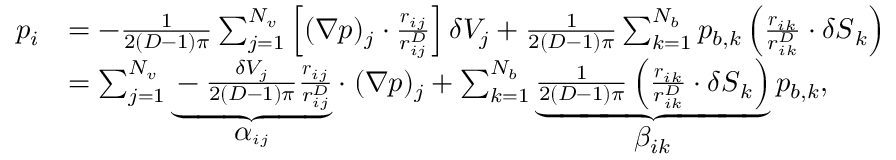
\begin{array} { r l } { p _ { i } } & { = - \frac 1 { 2 ( D - 1 ) \pi } \sum _ { j = 1 } ^ { N _ { v } } \left[ ( \boldsymbol { \nabla } p ) _ { j } \cdot \frac { \boldsymbol { r } _ { i j } } { r _ { i j } ^ { D } } \right] \delta V _ { j } + \frac 1 { 2 ( D - 1 ) \pi } \sum _ { k = 1 } ^ { N _ { b } } p _ { b , k } \left( \frac { \boldsymbol { r } _ { i k } } { r _ { i k } ^ { D } } \cdot \delta \boldsymbol { S } _ { k } \right) } \\ & { = \sum _ { j = 1 } ^ { N _ { v } } \underbrace { - \frac { \delta V _ { j } } { 2 ( D - 1 ) \pi } \frac { \boldsymbol { r } _ { i j } } { r _ { i j } ^ { D } } } _ { \boldsymbol { \displaystyle \alpha } _ { i j } } \cdot \; ( \boldsymbol { \nabla } p ) _ { j } + \sum _ { k = 1 } ^ { N _ { b } } \underbrace { \frac 1 { 2 ( D - 1 ) \pi } \left( \frac { \boldsymbol { r } _ { i k } } { r _ { i k } ^ { D } } \cdot \delta \boldsymbol { S } _ { k } \right) } _ { \displaystyle \beta _ { i k } } p _ { b , k } , } \end{array}